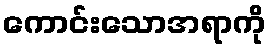
ကောင်းသောအရာကို